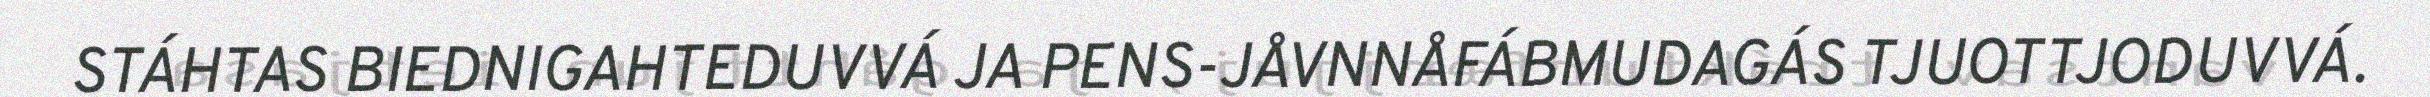
STÁHTAS BIEDNIGAHTEDUVVÁ JA PENS-JÅVNNÅFÁBMUDAGÁS TJUOTTJODUVVÁ.